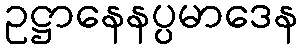
ဥဋ္ဌာနေနပ္ပမာဒေန